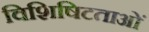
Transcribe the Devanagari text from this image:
विशिषिटताओं